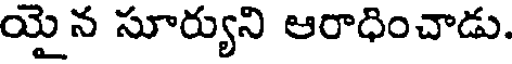
యైన సూర్యుని ఆరాధించాడు.